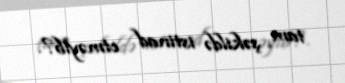
tam şəkildə istinad etməyib?.